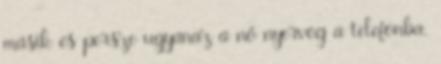
másik és persze ugyanaz a nő nyervog a telefonba.